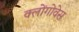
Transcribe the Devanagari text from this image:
क्लोंगोवेस